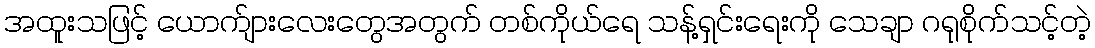
အထူးသဖြင့် ယောက်ျားလေးတွေအတွက် တစ်ကိုယ်ရေ သန့်ရှင်းရေးကို သေချာ ဂရုစိုက်သင့်တဲ့